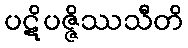
ပဋိပဇ္ဇိဿသီတိ